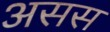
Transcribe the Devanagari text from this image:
असस